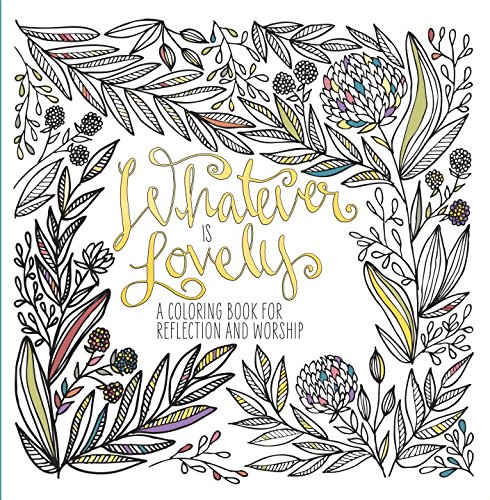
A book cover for Whatever Is Lovely: A Coloring Book for Reflection and Worship; WaterBrook Press; Self-Help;